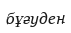
бұғуден